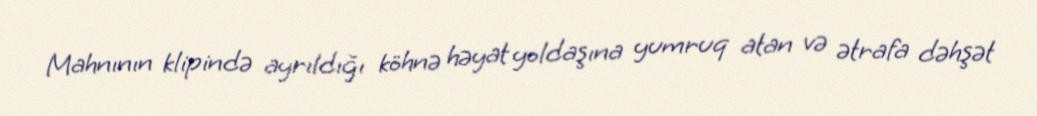
Mahnının klipində ayrıldığı köhnə həyat yoldaşına yumruq atan və ətrafa dəhşət